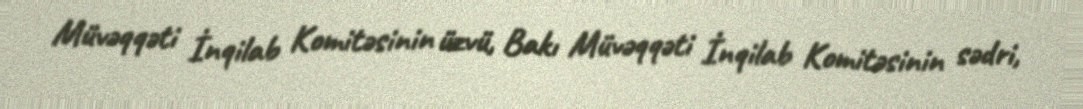
Müvəqqəti İnqilab Komitəsinin üzvü, Bakı Müvəqqəti İnqilab Komitəsinin sədri,